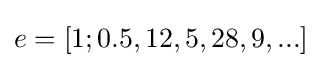
e=[1;0.5,12,5,28,9,...]